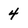
Character: 4